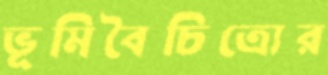
ভূমিবৈচিত্র্যের